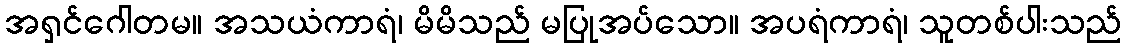
အရှင်ဂေါတမ။ အသယံကာရံ၊ မိမိသည် မပြုအပ်သော။ အပရံကာရံ၊ သူတစ်ပါးသည်